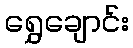
ရွှေချောင်း